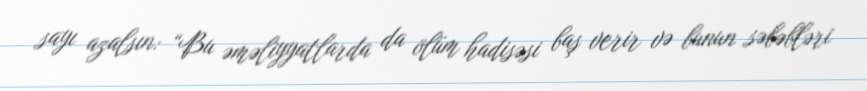
sayı azalsın: “Bu əməliyyatlarda da ölüm hadisəsi baş verir və bunun səbəbləri